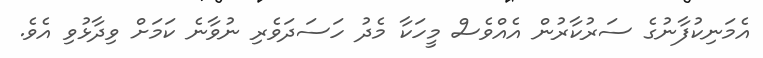
އެމަނިކުފާނުގެ ސަރުކާރުން އެއްވެސް މީހަކާ މެދު ހަސަދަވެރި ނުވާނެ ކަމަށް ވިދާޅުވި އެވެ.